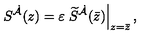
S ^ { \dot { \cal A } } ( z ) = \varepsilon \left. \widetilde S ^ { \dot { \cal A } } ( \bar { z } ) \right| _ { z = \bar { z } } ,